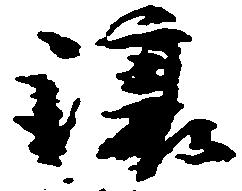
譲